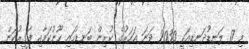
މި 17 ލަނޑުދަނޑިއަކީ 2030 ވަނަ އަހަރުގެ ކުރިން ބަނޑުހައި ހޫނުކަމާއި ފަގީރުކަން